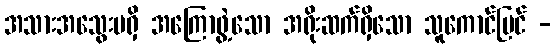
အသားအသွေးမရှိ အကြောဖွဲ့သော အရိုးဆက်ရှိသော သူကောင်မြင် -